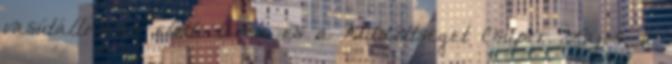
vasútállomás előtti téren és a küldöttséget Csupor Lajos, a